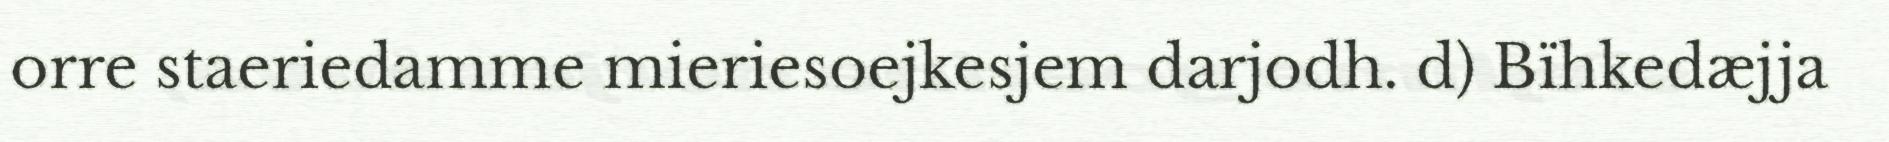
orre staeriedamme mieriesoejkesjem darjodh. d) Bïhkedæjja